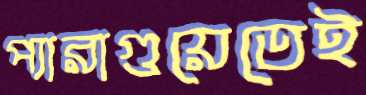
প্যারাগুয়েতেই